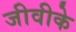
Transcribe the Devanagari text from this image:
जीवीके